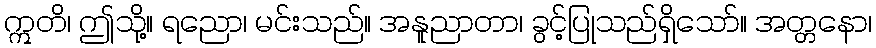
ဣတိ၊ ဤသို့။ ရညော၊ မင်းသည်။ အနူညာတာ၊ ခွင့်ပြုသည်ရှိသော်။ အတ္တနော၊